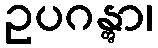
ဥပဂန္တွာ၊